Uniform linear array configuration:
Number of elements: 24
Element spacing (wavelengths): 0.5
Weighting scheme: cosine
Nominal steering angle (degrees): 15
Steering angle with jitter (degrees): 14.698
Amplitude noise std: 0.05
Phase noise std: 0.05

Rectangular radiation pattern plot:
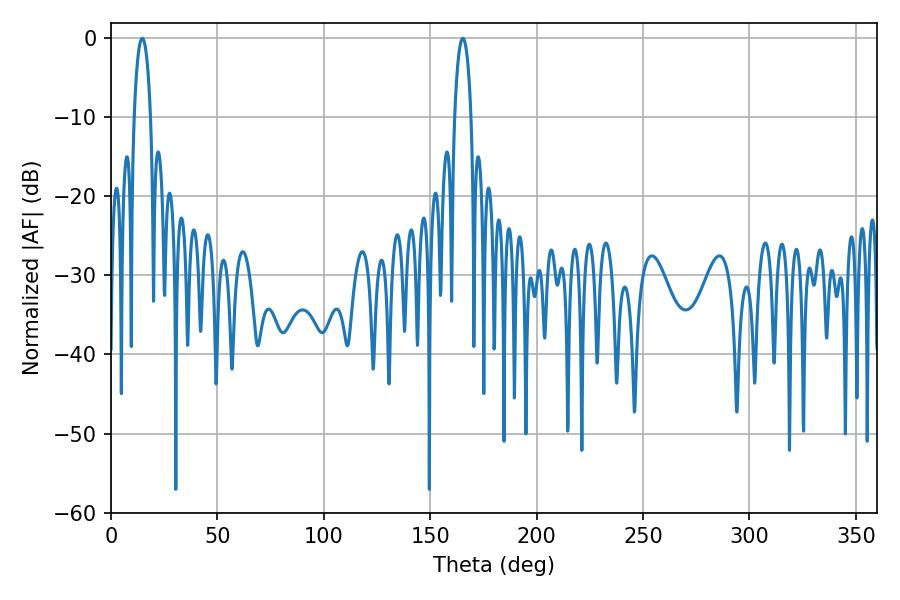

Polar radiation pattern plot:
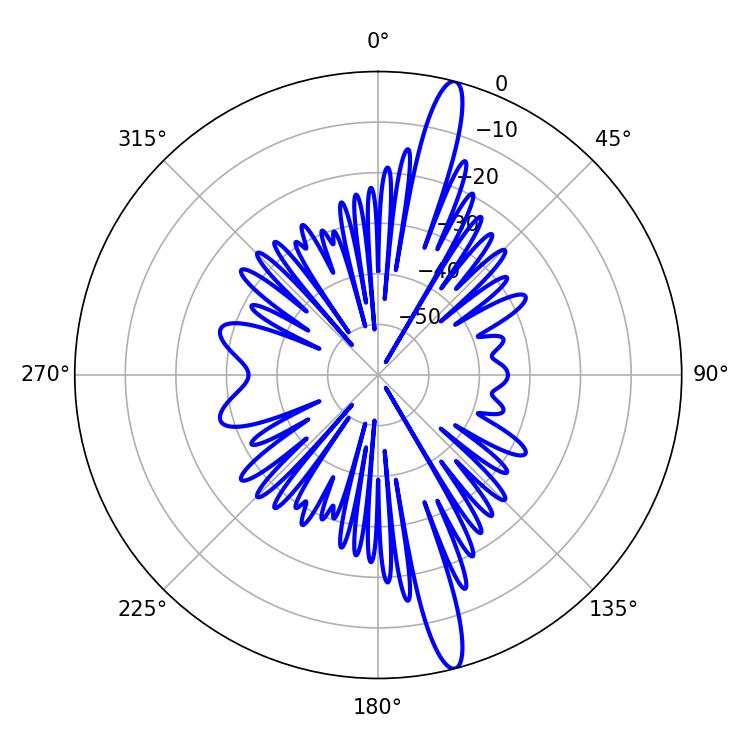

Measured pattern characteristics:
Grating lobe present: FALSE
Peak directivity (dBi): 16.668
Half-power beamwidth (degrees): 4.5
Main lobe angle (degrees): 14.76